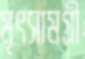
মৃৎসামগ্রী